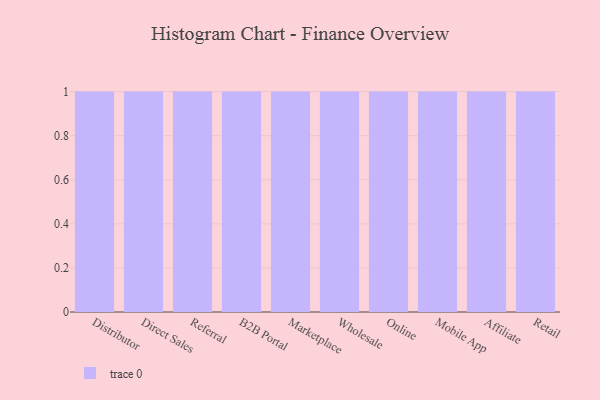
{"axis": {"x": "Channel", "y": "Latency (ms)"}, "legend": [""], "data": [{"x": "Distributor", "y": 93, "type": ""}, {"x": "Direct Sales", "y": 95, "type": ""}, {"x": "Referral", "y": 45, "type": ""}, {"x": "B2B Portal", "y": 53, "type": ""}, {"x": "Marketplace", "y": 73, "type": ""}, {"x": "Wholesale", "y": 31, "type": ""}, {"x": "Online", "y": 18, "type": ""}, {"x": "Mobile App", "y": 46, "type": ""}, {"x": "Affiliate", "y": 34, "type": ""}, {"x": "Retail", "y": 97, "type": ""}]}